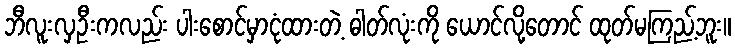
ဘီလူးလှဦးကလည်း ပါးစောင်မှာငုံထားတဲ့ ဓါတ်လုံးကို ယောင်လို့တောင် ထုတ်မကြည့်ဘူး။